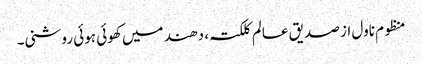
منظوم ناول از صدیق عالم کلکتہ ، دھند میں کھوئی ہوئی روشنی۔